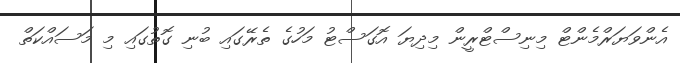
އެންވަޔަރްމެންޓް މިނިސްޓްރީން މިދިޔަ އޮގަސްޓު މަހުގެ ތެރޭގައި ބުނި ގޮތުގައި މި މަސައްކަތް